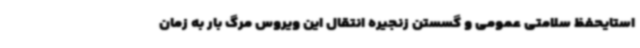
استایحفظ سلامتی عمومی و گسستن زنجیره انتقال این ویروس مرگ بار به زمان